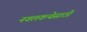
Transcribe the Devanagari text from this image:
नवलकथेसाठी